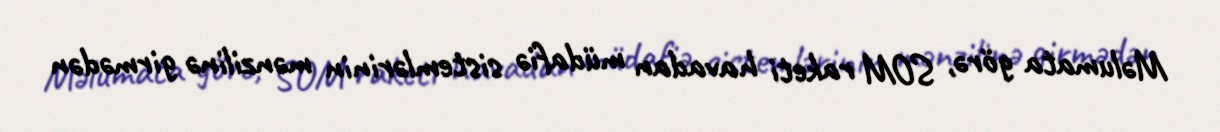
Məlumata görə, SOM raketi havadan müdafiə sistemlərinin mənzilinə girmədən